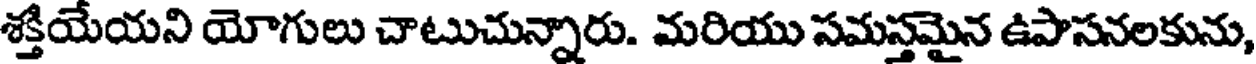
శక్తియేయని యోగులు చాటుచున్నారు. మరియు సమస్తమైన ఉపాసనలకును,